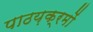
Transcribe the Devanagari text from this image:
पाठय़क्रमों